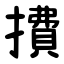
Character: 㩌